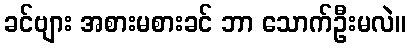
ခင်ဗျား အစားမစားခင် ဘာ သောက်ဦးမလဲ။